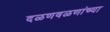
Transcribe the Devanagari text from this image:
दळणवळणांच्या